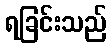
ရခြင်းသည်